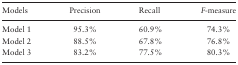
<table><thead><tr><td><b>Models</b></td><td><b>Precision</b></td><td><b>Recall</b></td><td><b><i>F</i>-measure</b></td></tr></thead><tbody><tr><td>Model 1</td><td>95.3%</td><td>60.9%</td><td>74.3%</td></tr><tr><td>Model 2</td><td>88.5%</td><td>67.8%</td><td>76.8%</td></tr><tr><td>Model 3</td><td>83.2%</td><td>77.5%</td><td>80.3%</td></tr></tbody></table>